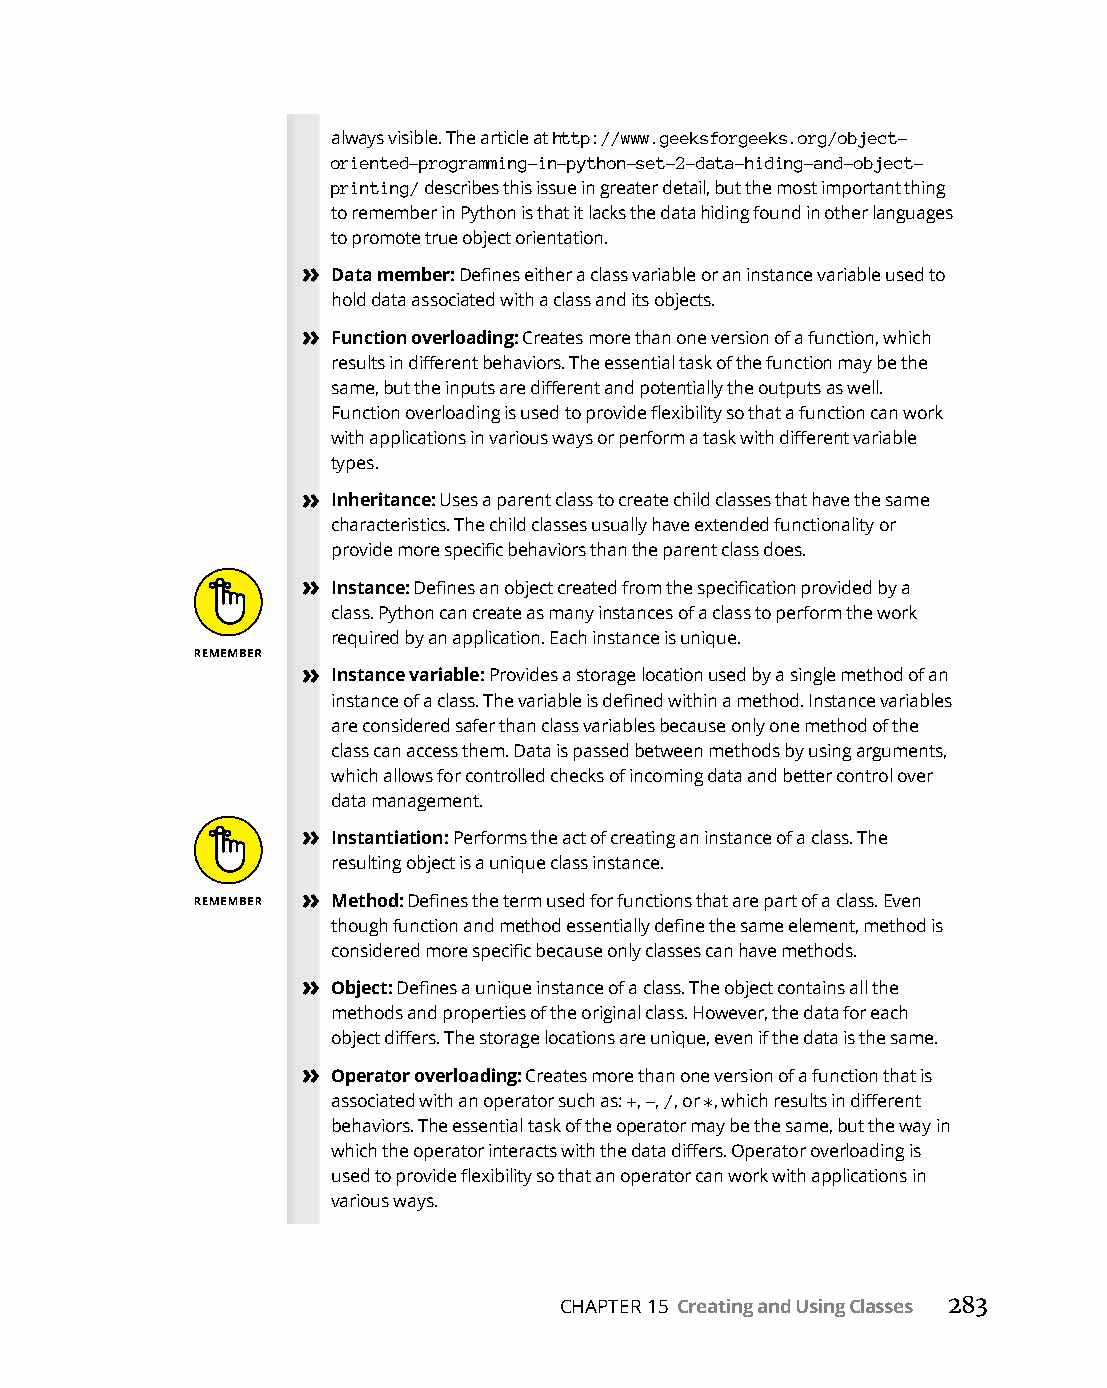
always visible. The article at http://www.geeksforgeeks.org/object-
 oriented-programming-in-python-set-2-data-hiding-and-object-
 printing/ describes this issue in greater detail, but the most important thing
 to remember in Python is that it lacks the data hiding found in other languages
 to promote true object orientation.
 » Data member: Defines either a class variable or an instance variable used to
 hold data associated with a class and its objects.
 » Function overloading: Creates more than one version of a function, which
 results in different behaviors. The essential task of the function may be the
 same, but the inputs are different and potentially the outputs as well.
 Function overloading is used to provide flexibility so that a function can work
 with applications in various ways or perform a task with different variable
 types.
 » Inheritance: Uses a parent class to create child classes that have the same
 characteristics. The child classes usually have extended functionality or
 provide more specific behaviors than the parent class does.
 » Instance: Defines an object created from the specification provided by a
 class. Python can create as many instances of a class to perform the work
 required by an application. Each instance is unique.
 » Instance variable: Provides a storage location used by a single method of an
 instance of a class. The variable is defined within a method. Instance variables
 are considered safer than class variables because only one method of the
 class can access them. Data is passed between methods by using arguments,
 which allows for controlled checks of incoming data and better control over
 data management.
 » Instantiation: Performs the act of creating an instance of a class. The
 resulting object is a unique class instance.
 » Method: Defines the term used for functions that are part of a class. Even
 though function and method essentially define the same element, method is
 considered more specific because only classes can have methods.
 » Object: Defines a unique instance of a class. The object contains all the
 methods and properties of the original class. However, the data for each
 object differs. The storage locations are unique, even if the data is the same.
 » Operator overloading: Creates more than one version of a function that is
 associated with an operator such as: +, -, /, or *, which results in different
 behaviors. The essential task of the operator may be the same, but the way in
 which the operator interacts with the data differs. Operator overloading is
 used to provide flexibility so that an operator can work with applications in
 various ways.
 CHAPTER 15 Creating and Using Classes 283